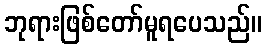
ဘုရားဖြစ်တော်မူရပေသည်။